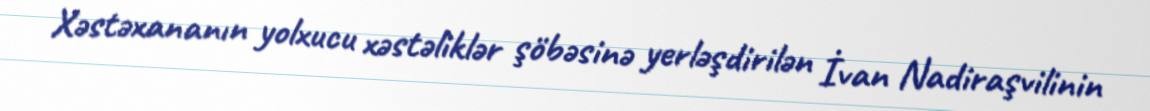
Xəstəxananın yolxucu xəstəliklər şöbəsinə yerləşdirilən İvan Nadiraşvilinin